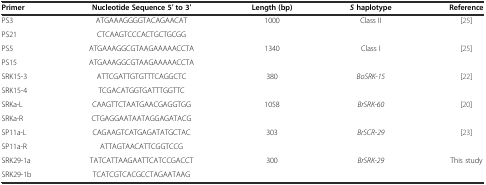
<table><thead><tr><td><b>Primer</b></td><td><b>Nucleotide Sequence 5′ to 3′</b></td><td><b>Length (bp)</b></td><td><b><i>S</i>haplotype</b></td><td><b>Reference</b></td></tr></thead><tbody><tr><td>PS3</td><td>ATGAAAGGGGTACAGAACAT</td><td rowspan="2">1000</td><td rowspan="2">Class II</td><td rowspan="2">[25]</td></tr><tr><td>PS21</td><td>CTCAAGTCCCACTGCTGCGG</td></tr><tr><td>PS5</td><td>ATGAAAGGCGTAAGAAAAACCTA</td><td rowspan="2">1340</td><td rowspan="2">Class I</td><td rowspan="2">[25]</td></tr><tr><td>PS15</td><td>ATGAAAGGCGTAAGAAAAACCTA</td></tr><tr><td>SRK15-3</td><td>ATTCGATTGTGTTTCAGGCTC</td><td rowspan="2">380</td><td rowspan="2"><i>BoSRK-15</i></td><td rowspan="2">[22]</td></tr><tr><td>SRK15-4</td><td>TCGACATGGTGATTTGGTTC</td></tr><tr><td>SRKa-L</td><td>CAAGTTCTAATGAACGAGGTGG</td><td rowspan="2">1058</td><td rowspan="2"><i>BrSRK-60</i></td><td rowspan="2">[20]</td></tr><tr><td>SRKa-R</td><td>CTGAGGAATAATAGGAGATACG</td></tr><tr><td>SP11a-L</td><td>CAGAAGTCATGAGATATGCTAC</td><td rowspan="2">303</td><td rowspan="2"><i>BrSCR-29</i></td><td rowspan="2">[23]</td></tr><tr><td>SP11a-R</td><td>ATTAGTAACATTCGGTCCG</td></tr><tr><td>SRK29-1a</td><td>TATCATTAAGAATTCATCCGACCT</td><td>300</td><td><i>BrSRK-29</i></td><td>This study</td></tr><tr><td>SRK29-1b</td><td>TCATCGTCACGCCTAGAATAAG</td><td></td><td></td><td></td></tr></tbody></table>